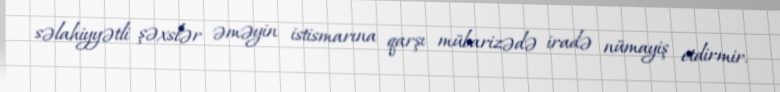
səlahiyyətli şəxslər əməyin istismarına qarşı mübarizədə iradə nümayiş etdirmir.